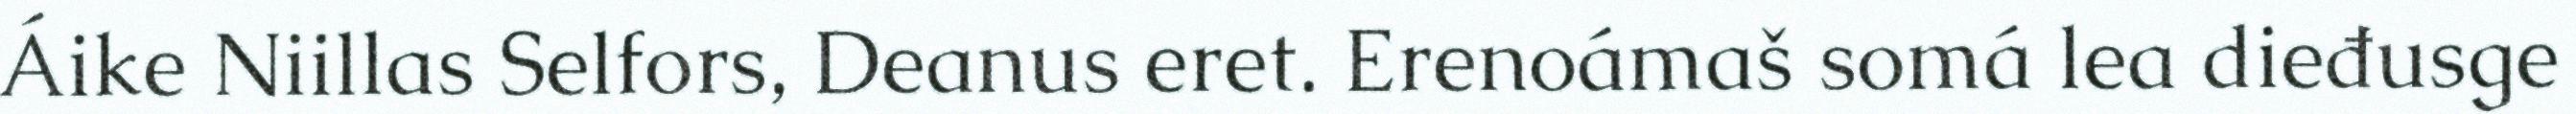
Áike Niillas Selfors, Deanus eret. Erenoámaš somá lea dieđusge